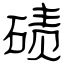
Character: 碛